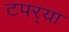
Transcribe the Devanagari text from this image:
टपर्‍या